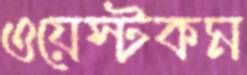
ওয়েস্টকম